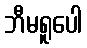
ဘီမရူပေါ